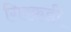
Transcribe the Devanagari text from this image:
गिरकडी